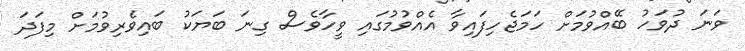
ވަނަ ދުވަހު ބޭއްވުމަށް ހަމަޖެހިފައިވާ އެއްވުމުގައި ވީހާވެސް ގިނަ ބަޔަކު ބައިވެރިވުމަށް މިފަދަ